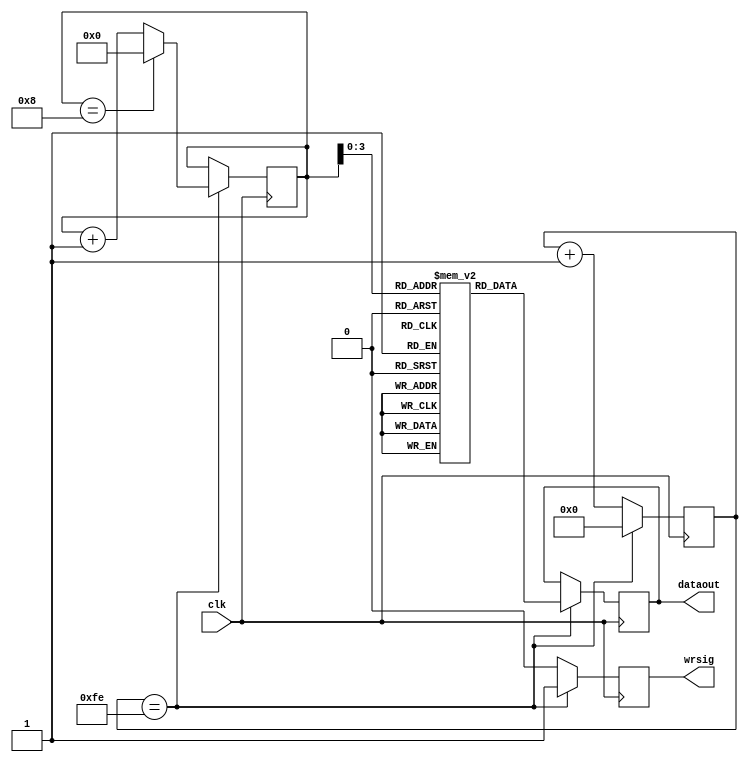
`timescale 1ns / 1ps
//////////////////////////////////////////////////////////////////////////////////
// Company: 
// Engineer: 
// 
// Design Name: 
// Module Name:    testuart 
// Project Name: 
// Target Devices: 
// Tool versions: 
// Description: 
//
// Dependencies: 
//
// Revision: 
// Revision 0.01 - File Created
// Additional Comments: 
//
//////////////////////////////////////////////////////////////////////////////////
module testdata(clk, dataout, wrsig);
input clk;
output[7:0] dataout;
output wrsig;
reg [7:0] dataout;
reg wrsig;
reg [7:0] cnt;
reg [4:0] i;

reg [7:0] volt [8:0];                       //voltage:

	 initial
	 begin
	 //
	 volt[0]<=118;                          //v                          
	 volt[1]<=111;                          //o 
	 volt[2]<=108;                          //l
	 volt[3]<=116;                          //t
	 volt[4]<=97;                           //a
	 volt[5]<=103;                          //g
	 volt[6]<=101;                          //e
	 volt[7]<=58;                           //:
	 volt[8]<=10;                           //
	 end

always @(posedge clk)
begin
  if(cnt == 254)
  begin
    dataout <= volt[i];         //"1"
    wrsig <= 1'b1;                //
	 cnt<=0;
    i <= i+1'b1;
	 if (i == 8)
	     i<=0;
  end
  else
  begin
    wrsig <= 1'b0;
    cnt <= cnt + 8'd1;
  end
end
endmodule